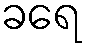
ခရေ